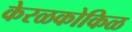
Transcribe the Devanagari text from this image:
केरळकोकिळ